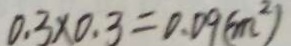
0 . 3 \times 0 . 3 = 0 . 0 9 ( m ^ { 2 } )